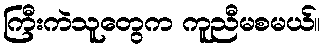
ကြီးကဲသူတွေက ကူညီမစမယ်။